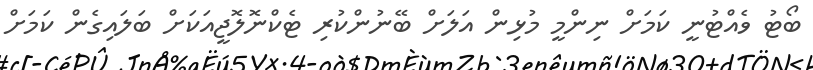
ބޯޓު ވެއްޓުނީ ކަމަށް ނިންމީ މުޅިން އަލަށް ބޭނުންކުރި ޓެކްނޮލޮޖީއަކަށް ބަލައިގެން ކަމަށް